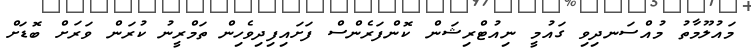
މައުލޫމާތު މުއްސަނދިވި ގައުމީ ނިއުޓްރިޝަން ކޮންފަރެންސް ފަށައިފިދިވެހިން ތަމްރީނު ކުރަން ވަރަށް ބޮޑަށް